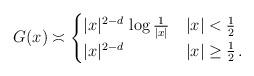
LaTeX: \begin{align*} G(x)\asymp \begin{cases} |x|^{2-d}\,\log\tfrac{1}{|x|} & |x|< \tfrac{1}{2}\\ |x|^{2-d} & |x|\geq \tfrac{1}{2}\,.\\ \end{cases}\end{align*}